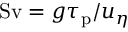
\mathrm { S v } = g \tau _ { \mathrm { p } } / { u } _ { \eta }